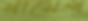
স্বামেপ